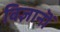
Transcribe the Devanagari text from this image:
विज्ञानॊं